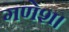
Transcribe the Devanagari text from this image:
गणेश।